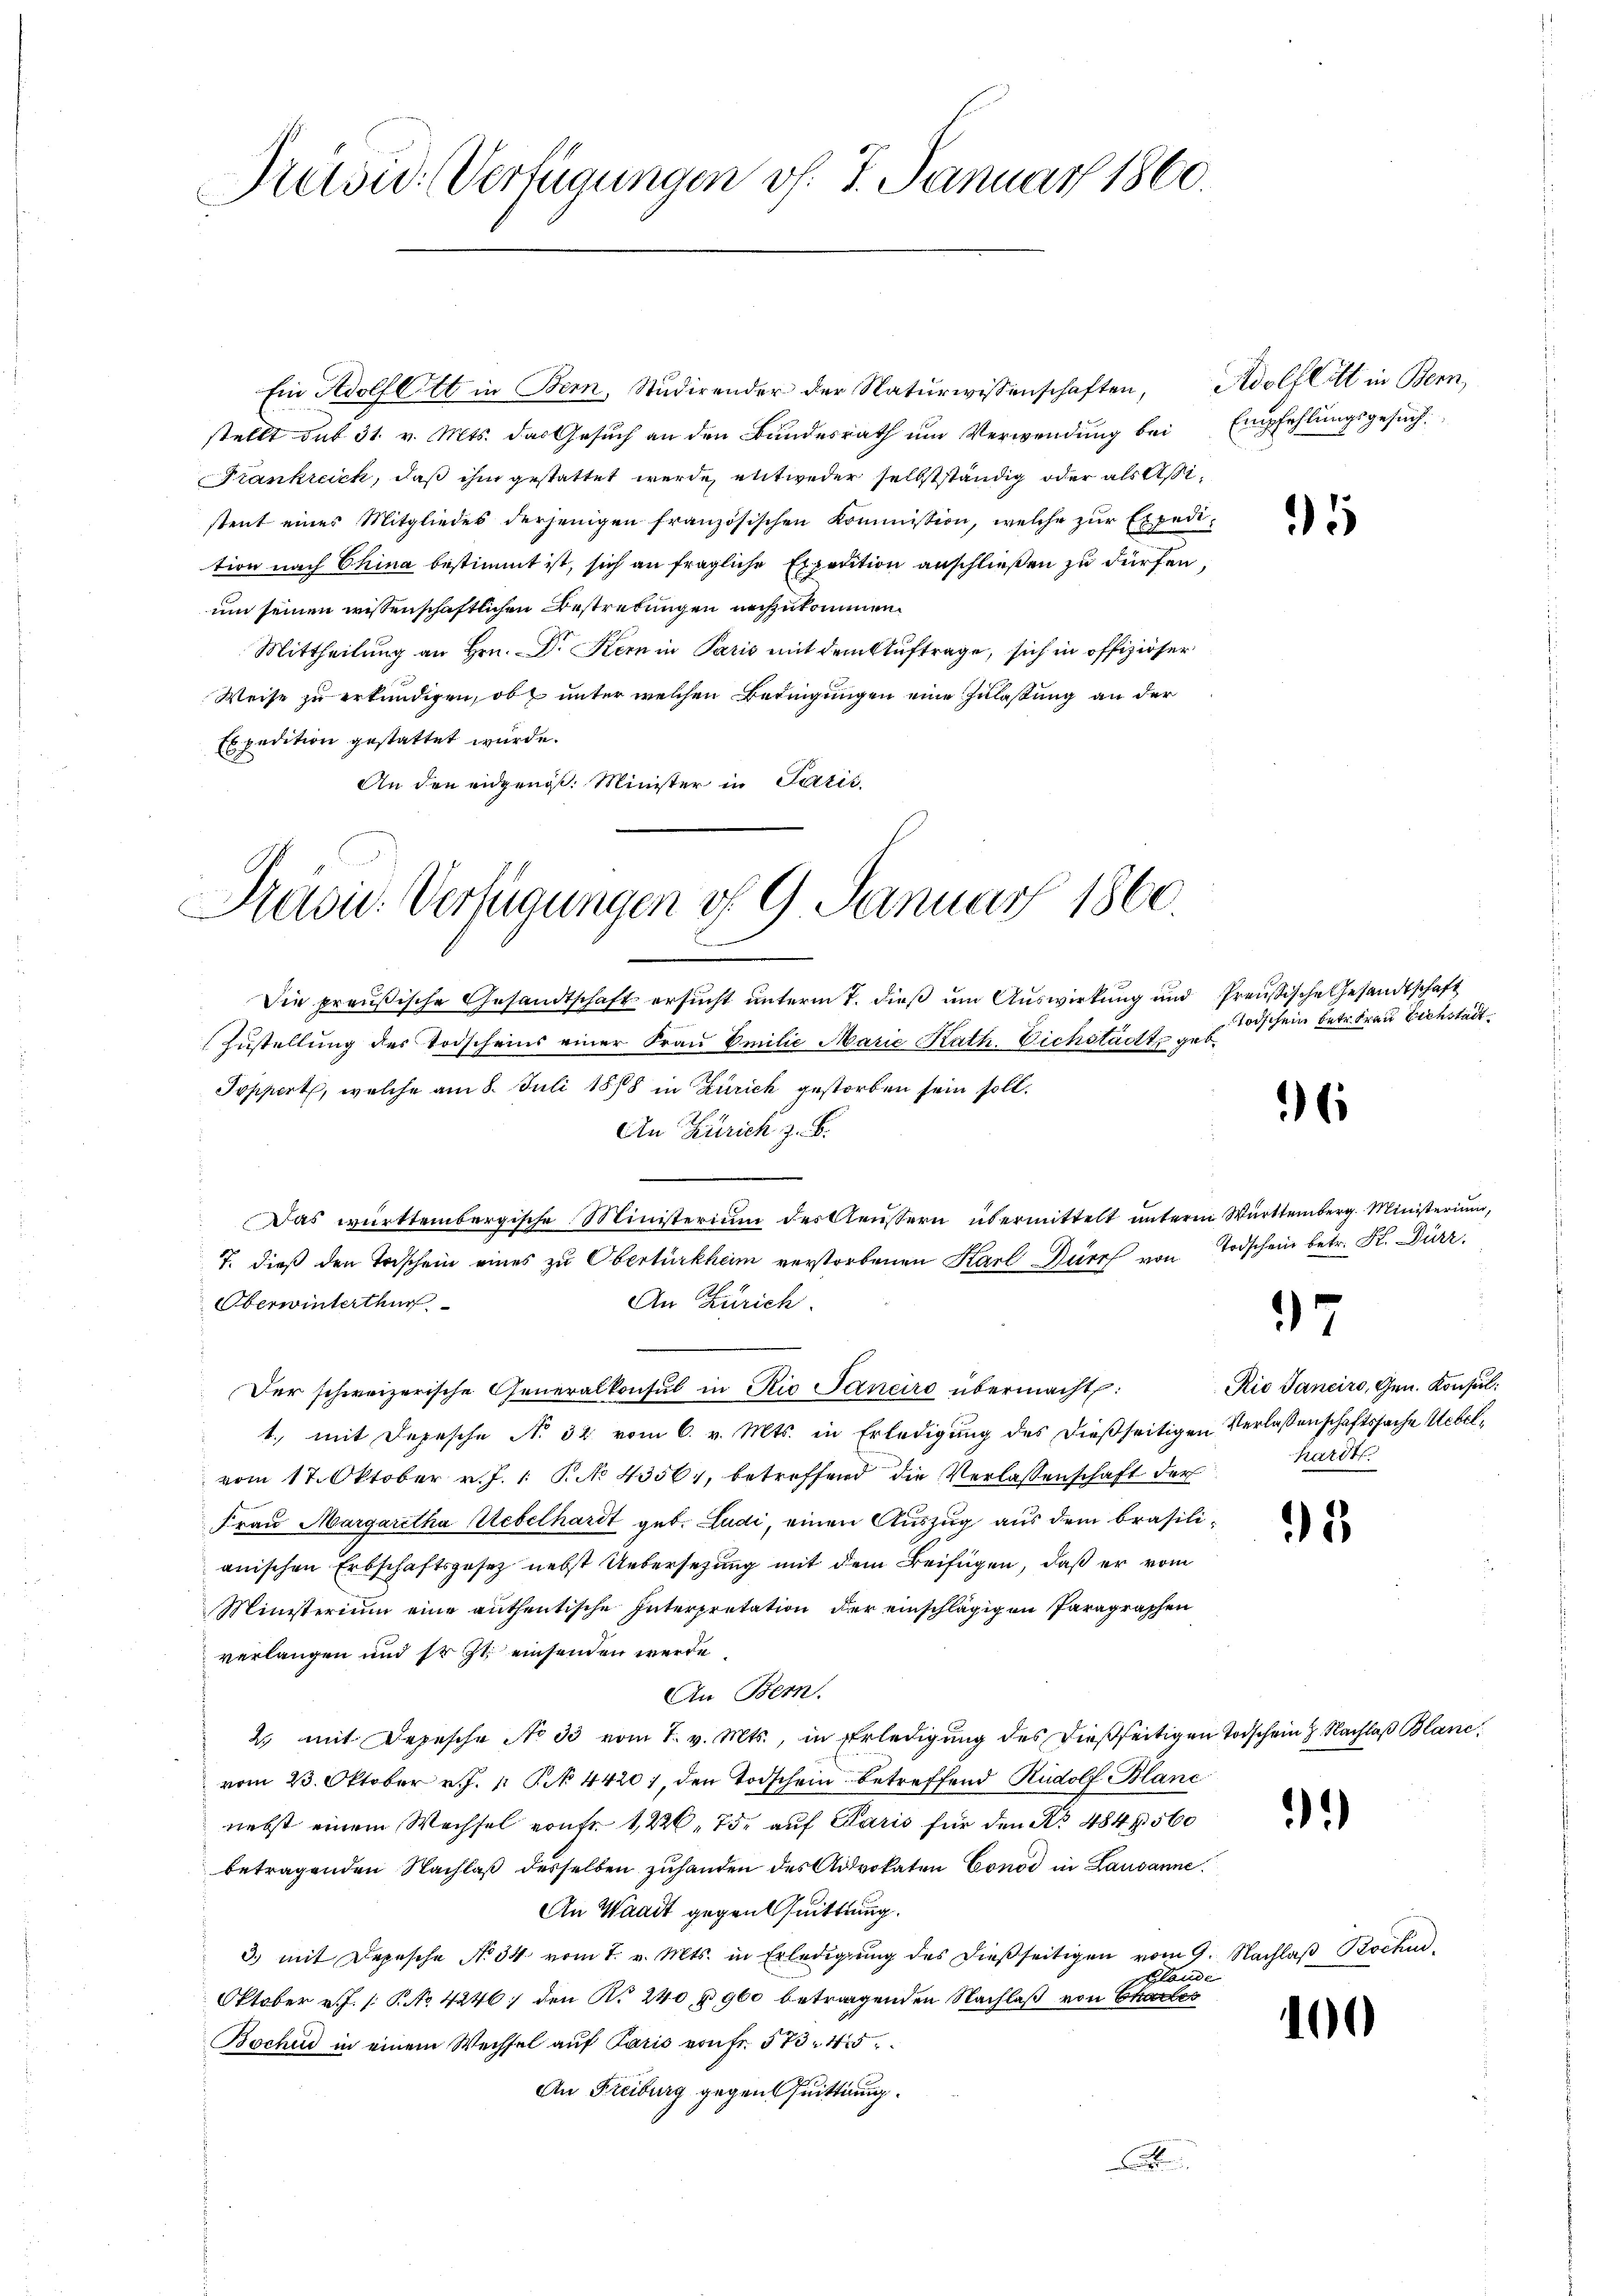
Pretsw. Verfügungen v. 7. Januar 1860.

Ein Adolf Ott in Bern, Studirender der Naturwissenschaften, Adolf litt in Bern,
stellt das 31. v. Mts. das Gesuch an den Bundesrath um Verwendung bei
Frankreich, daß ihm gestattet werde, entweder selbstständig oder als Aßistent eines Mitgliedes derjenigen französischen Kommission, welche zur Expedi-
tion nach China bestimmt ist, sich an fragliche Expedition anschließen zu dürfen,
um seinen wissenschaftlichen Bestrebungen nachzukommen.
Mittheilung an Hrn. Dr Kern in Paris mit dem Auftrage, sich in offiziöser
Weise zu erkundigen, ob unter welchen Bedingungen eine Zulaßung an der
Expedition gestattet wurde.
An den eidgenöß. Minister in Satis

Pravić-Verfügungen v. 9. Januar 1860.

Die preußische Gesandtschaft ersucht unterm 7. dieß um Auswirkung und Preußische Gesandtschaft
Zustellung des Todscheins einer Fraŭ Emilie Marie Kath. Eichstadt geb.
Toppert, welche am 8. Juli 1888 in Zürich gestorben sein soll.
An Zürich z. B.
Das württembergische Ministerium des Aeussern übermittelt unterm Württemberg. Ministerium,
7. dieß den Todschein eines zu Obertürkheim verstorbenen Karl Dürr von Todschein betr. K. Dürr
Oberwintertung
An Zürich.
Der schweizerische Generalkonsul in Rio Janeiro übermacht:
t., mit Depesche No 32 vom 6. v. Mts. in Erledigung des dießseitigen Verlassenschaftssache Uebelvom 17. Oktober v. J. 1 P. No 43561, betreffend die Verlassenschaft der
Frau Margaretha Uebelhardt geb. Ludi, einen Auszug aus dem brasilianischen Erbschaftsgesetz nebst Uebersezung mit dem Beifügen, daß er vom
Ministerium eine anthentische Interpretation der einschlägigen Paragraphen
verlangen und sr. Zt. einsenden werde
An Bern.
2. mit Depesche No 33 vom 1. v. Mts., in Erledigung des dießseitigen Todschein. Nachlaß Blanc
vom 23. Oktober v. J. 1 Pk 44201, den Todschein betreffend Rudolf Blanc
nebst einem Wechsel von fr. 1226. 75. auf Paris für den No 484 § 560
betragenden Nachlaß desselben zuhanden des Advokaten Conod in Lausanne.
An Waadt gegen Quittung.
3.) mit Depesche No 34. vom 1. v. Mts. in Erledigŭng des dieβseitigen vom 9. Nachlaβ Bocku
Plaude
Oktober v.J. P. No 4246) den No 240 u 960 betragenden Nachlaß von Charles
Bochus in einem Wechsel auf Paris von Fr. 573. 45
An Freiburg gegen Quittung.
.

Empfehlungsgesuch.

5

Todschein Betrfrau Eichstait

6

97

Rio Sanciro, Gen. Konsul
hardt

3

2

10